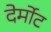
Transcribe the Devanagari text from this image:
देर्मोट